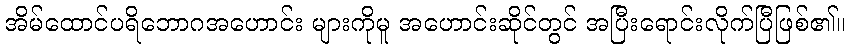
အိမ်ထောင်ပရိဘောဂအဟောင်း များကိုမူ အဟောင်းဆိုင်တွင် အပြီးရောင်းလိုက်ပြီဖြစ်၏။